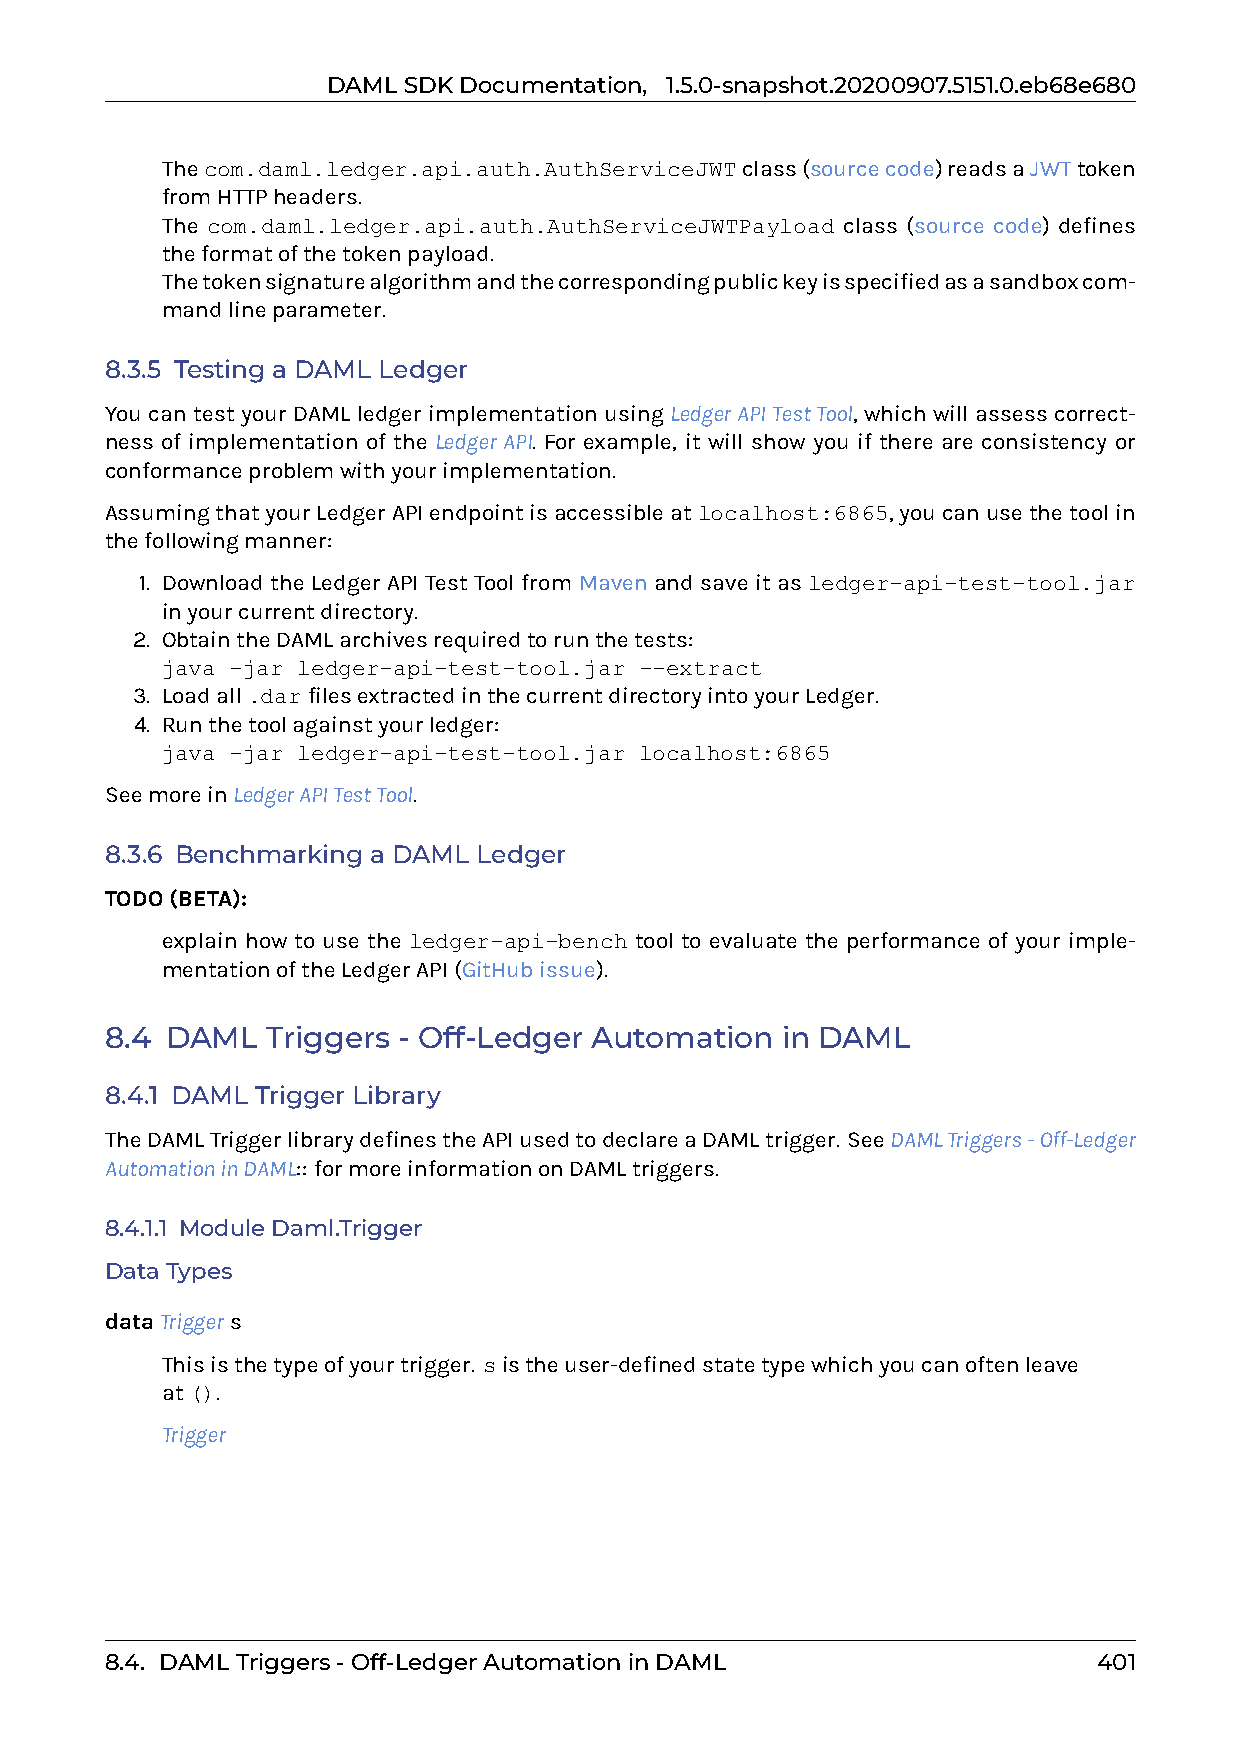
DAMLSDKDocumentation, 1.5.0-snapshot.20200907.5151.0.eb68e680
 0 Thecom.daml.ledger.api.auth.AuthServiceJWTclass(sourcecode)readsaJWTtoken
 fromHTTPheaders.
 0 The com.daml.ledger.api.auth.AuthServiceJWTPayload class (source code) defines
 theformatofthetokenpayload.
 0 Thetokensignaturealgorithmandthecorrespondingpublickeyisspecifiedasasandboxcom-
 mandlineparameter.
 8.3.5 Testing a DAML Ledger
 You can test your DAML ledger implementation using LedgerAPITestTool, which will assess correct-
 ness of implementation of the Ledger API. For example, it will show you if there are consistency or
 conformanceproblemwithyourimplementation.
 AssumingthatyourLedgerAPIendpointisaccessibleatlocalhost:6865,youcanusethetoolin
 thefollowingmanner:
 1. Download the Ledger API Test Tool from Maven and save it as ledger-api-test-tool.jar
 inyourcurrentdirectory.
 2. ObtaintheDAMLarchivesrequiredtorunthetests:
 java -jar ledger-api-test-tool.jar --extract
 3. Loadall.darfilesextractedinthecurrentdirectoryintoyourLedger.
 4. Runthetoolagainstyourledger:
 java -jar ledger-api-test-tool.jar localhost:6865
 SeemoreinLedgerAPITestTool.
 8.3.6 Benchmarking a DAML Ledger
 TODO(BETA):
 0 explain how to use the ledger-api-bench tool to evaluate the performance of your imple-
 mentationoftheLedgerAPI(GitHubissue).
 8.4 DAML   Triggers - Off-Ledger Automation  in DAML
 8.4.1 DAML Trigger Library
 TheDAMLTriggerlibrarydefinestheAPIusedtodeclareaDAMLtrigger. SeeDAMLTriggers-Off-Ledger
 AutomationinDAML:: formoreinformationonDAMLtriggers.
 8.4.1.1 ModuleDaml.Trigger
 DataTypes
 dataTriggers
 Thisisthetypeofyourtrigger. sistheuser-definedstatetypewhichyoucanoftenleave
 at().
 Trigger
 8.4. DAMLTriggers-Off-LedgerAutomationinDAML                      401